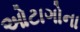
ઓટાગોના